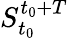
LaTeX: S_{t_{0}}^{t_{0}+T}